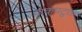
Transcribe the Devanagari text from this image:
वाक्‌पटुता